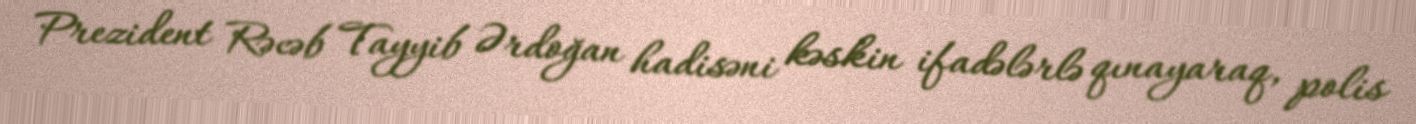
Prezident Rəcəb Tayyib Ərdoğan hadisəni kəskin ifadələrlə qınayaraq, polis